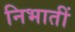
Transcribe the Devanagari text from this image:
निभातीं